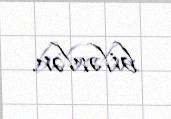
bilərlər.